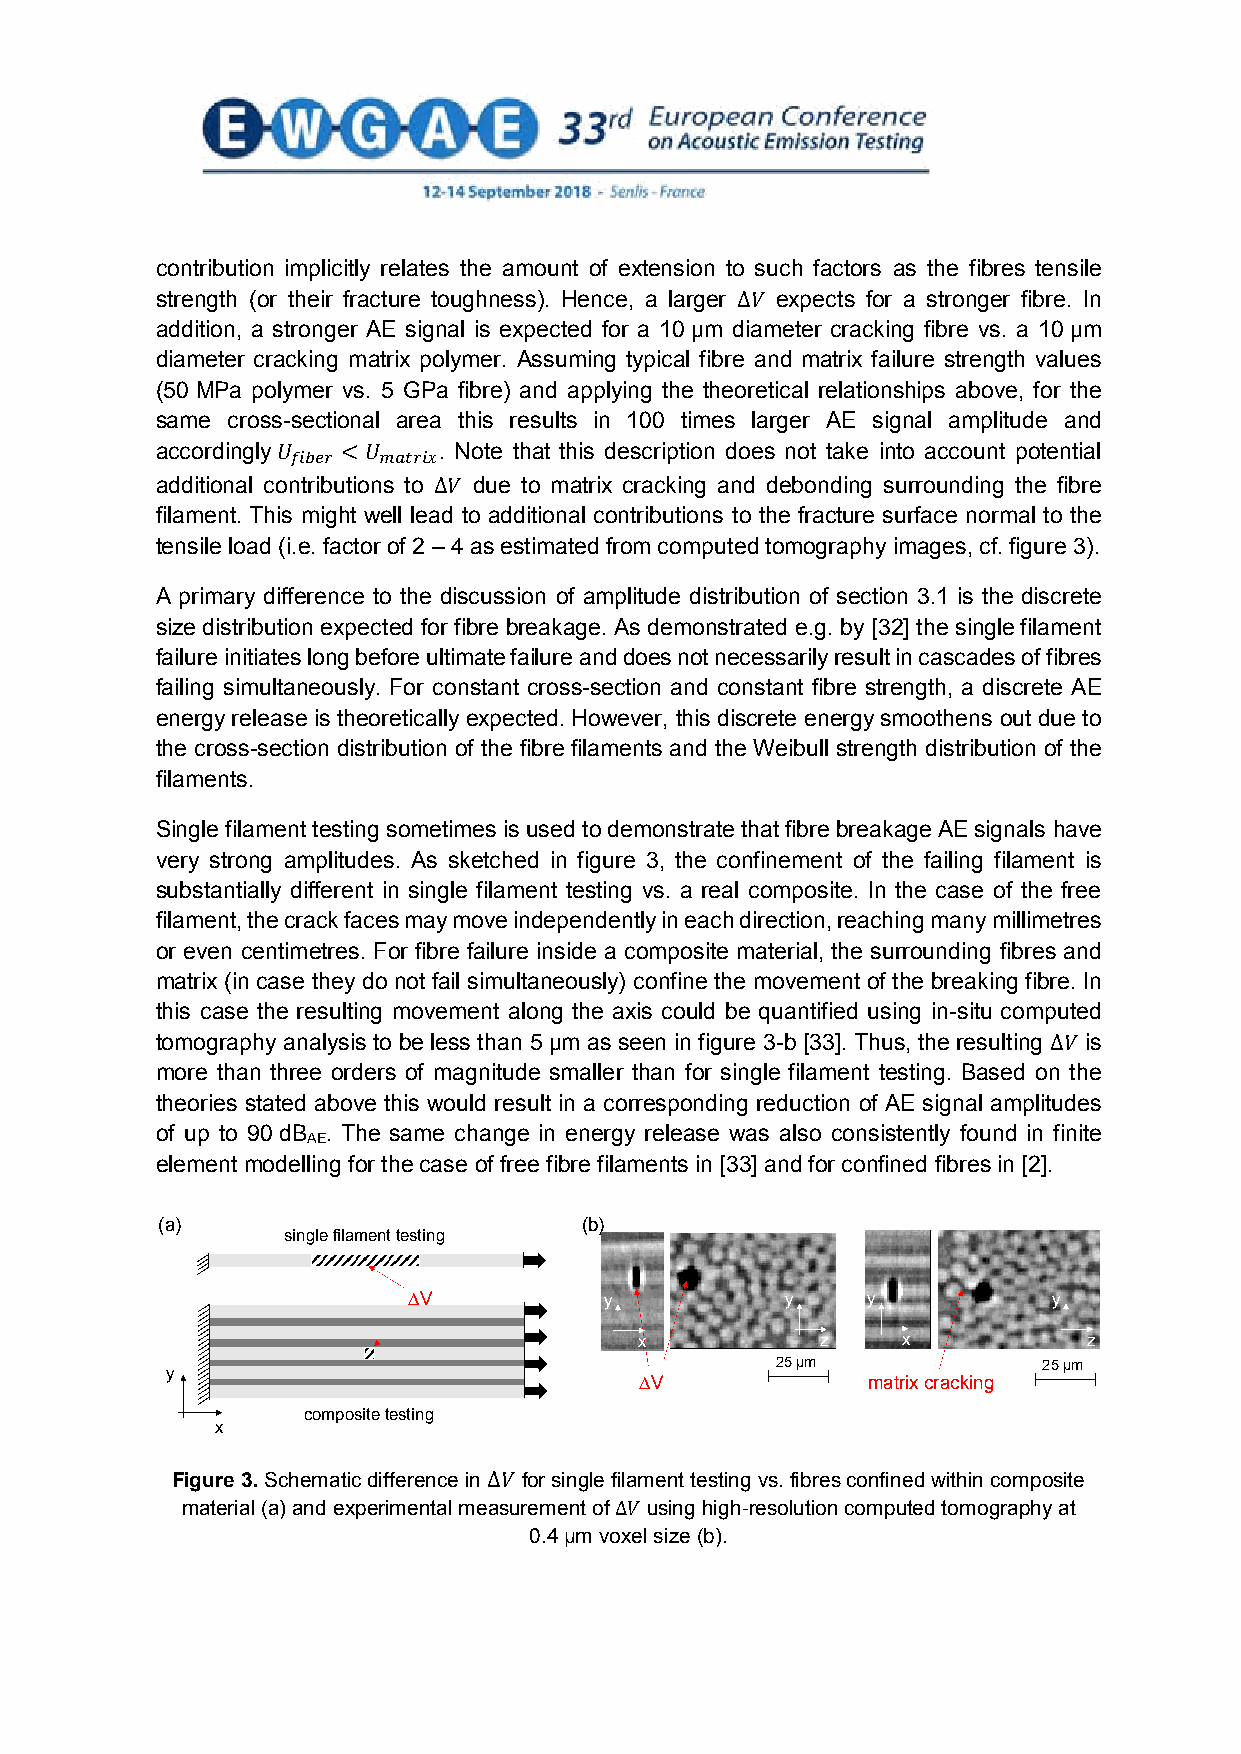
contribution implicitly relates the amount of extension to such factors as the fibres tensile
 strength (or their fracture toughness). Hence, a larger expects for a stronger fibre. In
 addition, a stronger AE signal is expected for a 10 µm diameter cracking fibre vs. a 10 µm
 Δ𝑉𝑉
 diameter cracking matrix polymer. Assuming typical fibre and matrix failure strength values
 (50 MPa polymer vs. 5 GPa fibre) and applying the theoretical relationships above, for the
 same cross-sectional area this results in 100 times larger AE signal amplitude and
 accordingly        . Note that this description does not take into account potential
 additional contributions to due to matrix cracking and debonding surrounding the fibre
 𝑈𝑈𝑓𝑓𝑓𝑓𝑓𝑓𝑓𝑓𝑓𝑓 < 𝑈𝑈𝑚𝑚𝑚𝑚𝑚𝑚𝑓𝑓𝑓𝑓𝑚𝑚
 filament. This might well lead to additional contributions to the fracture surface normal to the
 Δ𝑉𝑉
 tensile load (i.e. factor of 2 – 4 as estimated from computed tomography images, cf. figure 3).
 A primary difference to the discussion of amplitude distribution of section 3.1 is the discrete
 size distribution expected for fibre breakage. As demonstrated e.g. by [32] the single filament
 failure initiates long before ultimate failure and does not necessarily result in cascades of fibres
 failing simultaneously. For constant cross-section and constant fibre strength, a discrete AE
 energy release is theoretically expected. However, this discrete energy smoothens out due to
 the cross-section distribution of the fibre filaments and the Weibull strength distribution of the
 filaments.
 Single filament testing sometimes is used to demonstrate that fibre breakage AE signals have
 very strong amplitudes. As sketched in figure 3, the confinement of the failing filament is
 substantially different in single filament testing vs. a real composite. In the case of the free
 filament, the crack faces may move independently in each direction, reaching many millimetres
 or even centimetres. For fibre failure inside a composite material, the surrounding fibres and
 matrix (in case they do not fail simultaneously) confine the movement of the breaking fibre. In
 this case the resulting movement along the axis could be quantified using in-situ computed
 tomography analysis to be less than 5 µm as seen in figure 3-b [33]. Thus, the resulting is
 more than three orders of magnitude smaller than for single filament testing. Based on the
 Δ𝑉𝑉
 theories stated above this would result in a corresponding reduction of AE signal amplitudes
 of up to 90 dB . The same change in energy release was also consistently found in finite
 AE
 element modelling for the case of free fibre filaments in [33] and for confined fibres in [2].
 (a)                         (b)
 singlefilamenttesting
 DV           y           y    y            y
 x           z     x           z
 25 µm             25 µm
 y                              DV             matrixcracking
 compositetesting
 x
 Figure 3. Schematic difference in for single filament testing vs. fibres confined within composite
 material (a) and experimental measurement of using high-resolution computed tomography at
 Δ𝑉𝑉
 0.4 µm voxel size (b).
 Δ𝑉𝑉
 5